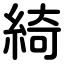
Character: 綺